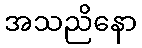
အသညိနော